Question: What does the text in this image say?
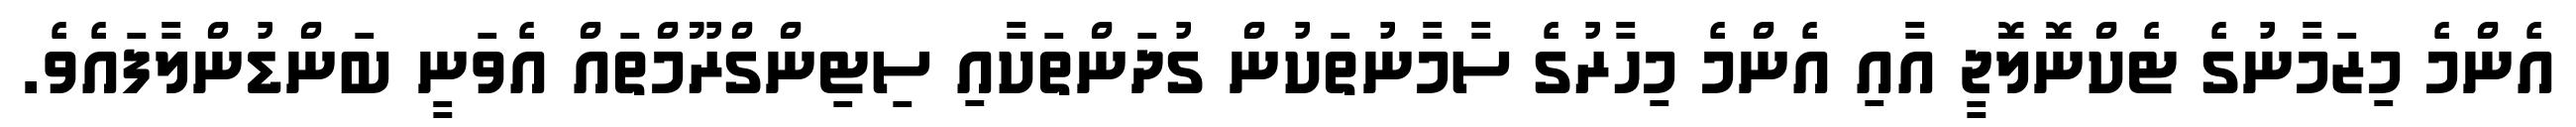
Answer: އެންމެ މިޒަމާނުގެ ޓެކްނޮލޮޖީ އާއި އެންމެ މިހާރުގެ ސާމާނުތަކުން ގުދަންތަކާއި ސިޓިންގްރޫމްތައް އެވަނީ ބަންޑުންލާފައެވެ.